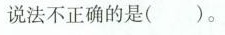
说法不正确的是( )。